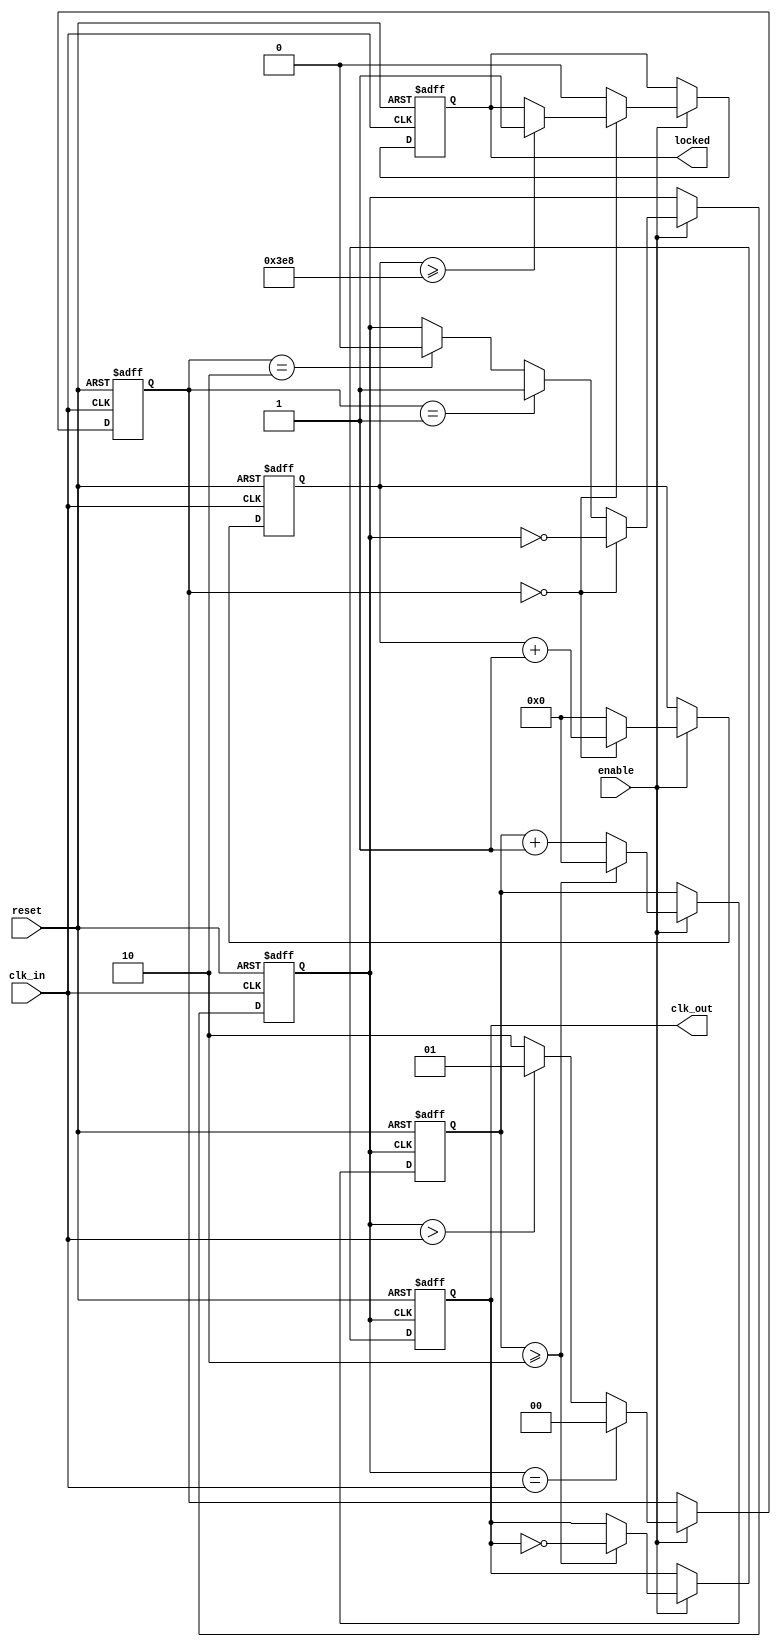
module parameterized_PLL #(
    parameter INPUT_FREQ = 50_000_000, // Input frequency in Hz
    parameter OUTPUT_FREQ = 25_000_000, // Desired output frequency in Hz
    parameter PHASE_OFFSET = 0,          // Phase offset in degrees
    parameter LOCK_TIME = 1000,          // Lock time in clock cycles
    parameter NUM_STAGES = 4              // Number of stages in feedback loop
)(
    input wire clk_in,                    // Input clock signal
    input wire reset,                     // Asynchronous reset signal
    input wire enable,                    // Control signal to enable/disable PLL
    output reg clk_out,                   // Output clock signal
    output reg locked                     // Status signal indicating lock status
);

    // Internal signals
    reg [31:0] phase_accumulator;         // Phase accumulator
    reg [31:0] frequency_divider;         // Frequency divider counter
    reg [31:0] lock_counter;              // Lock time counter
    reg vco_output;                       // VCO output clock signal
    reg [1:0] phase_error;                // Phase error signal

    // VCO simulation: generates output clock based on control voltage
    always @(posedge clk_in or posedge reset) begin
        if (reset) begin
            vco_output <= 0;
        end else if (enable) begin
            // Simple VCO model: toggle output based on control signal
            if (phase_error == 2'b00) begin
                vco_output <= ~vco_output; // No phase error
            end else if (phase_error == 2'b01) begin
                vco_output <= 1; // Adjust for positive phase error
            end else if (phase_error == 2'b10) begin
                vco_output <= 0; // Adjust for negative phase error
            end
        end
    end

    // Phase Detector: Compares phase of input and VCO output
    always @(posedge clk_in or posedge reset) begin
        if (reset) begin
            phase_error <= 2'b00;
        end else if (enable) begin
            // Simple phase detection logic
            if (vco_output == clk_in) begin
                phase_error <= 2'b00; // In phase
            end else if (vco_output > clk_in) begin
                phase_error <= 2'b01; // VCO leads input
            end else begin
                phase_error <= 2'b10; // VCO lags input
            end
        end
    end

    // Frequency Divider
    always @(posedge vco_output or posedge reset) begin
        if (reset) begin
            frequency_divider <= 0;
            clk_out <= 0;
        end else if (enable) begin
            frequency_divider <= frequency_divider + 1;
            if (frequency_divider >= (INPUT_FREQ / OUTPUT_FREQ)) begin
                clk_out <= ~clk_out; // Toggle output clock
                frequency_divider <= 0; // Reset divider
            end
        end
    end

    // Locking Mechanism
    always @(posedge clk_in or posedge reset) begin
        if (reset) begin
            lock_counter <= 0;
            locked <= 0;
        end else if (enable) begin
            if (phase_error == 2'b00) begin
                lock_counter <= lock_counter + 1;
                if (lock_counter >= LOCK_TIME) begin
                    locked <= 1; // PLL is locked
                end
            end else begin
                lock_counter <= 0; // Reset lock counter on phase error
                locked <= 0; // Not locked
            end
        end
    end

endmodule